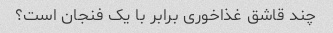
چند قاشق غذاخوری برابر با یک فنجان است؟